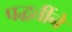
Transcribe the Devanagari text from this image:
पद्धतींने